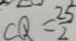
C Q = \frac { 2 5 } { 2 }